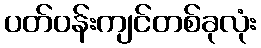
ပတ်ဝန်းကျင်တစ်ခုလုံး